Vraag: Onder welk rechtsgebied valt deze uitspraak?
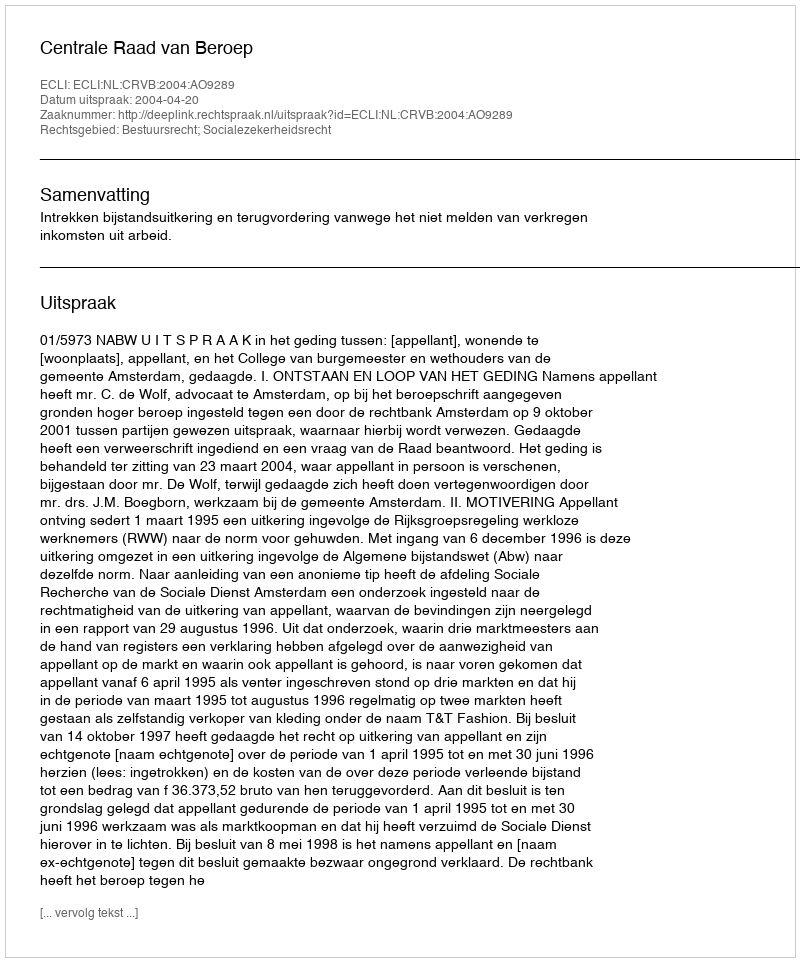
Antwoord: Bestuursrecht; Socialezekerheidsrecht